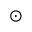
\odot